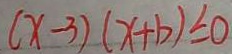
( x - 3 ) ( x + b ) \leq 0